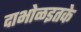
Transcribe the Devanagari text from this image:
दाभोळइतके